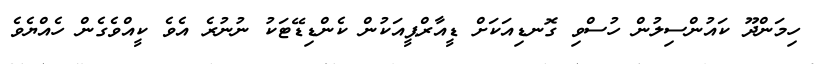
ހިމަންދޫ ކައުންސިލުން ހުސްވި ގޮނޑިއަކަށް ޑީއާރްޕީއަކުން ކެންޑިޑޭޓަކު ނުނުރެ އެވެ ކީއްވެގެން ހެއްޔެވެ